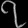
Digit: ၇